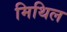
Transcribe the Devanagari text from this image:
मिथिल